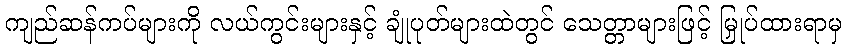
ကျည်ဆန်ကပ်များကို လယ်ကွင်းများနှင့် ချုံပုတ်များထဲတွင် သေတ္တာများဖြင့် မြှုပ်ထားရာမှ